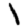
Digit: 1